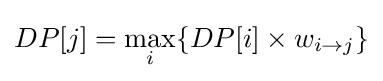
DP[j]=\max _{i}\{DP[i]\times w_{i\to j}\}